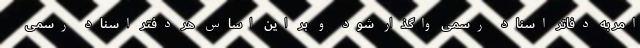
امر به دفاتر اسناد رسمی واگذار شود و بر این اساس هر دفتر اسناد رسمی